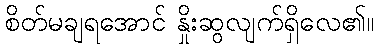
စိတ်မချရအောင် နှိုးဆွလျက်ရှိလေ၏။